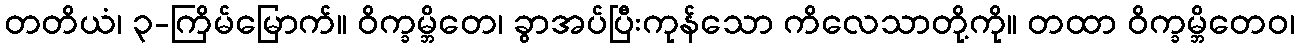
တတိယံ၊ ၃-ကြိမ်မြောက်။ ဝိက္ခမ္ဘိတေ၊ ခွာအပ်ပြီးကုန်သော ကိလေသာတို့ကို။ တထာ ဝိက္ခမ္ဘိတေဝ၊